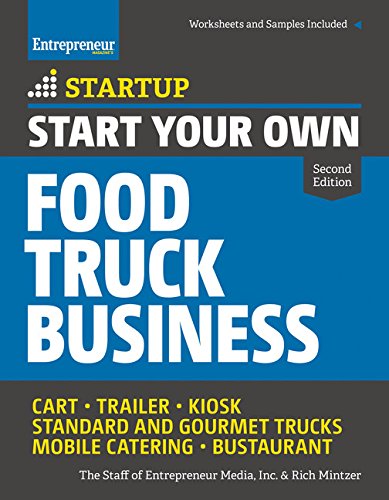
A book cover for Start Your Own Food Truck Business: Cart E¢ Trailer E¢ Kiosk E¢ Standard and Gourmet Trucks E¢ Mobile Catering E¢ Bustaurant (StartUp Series); The Staff of Entrepreneur Media; Cookbooks, Food & Wine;